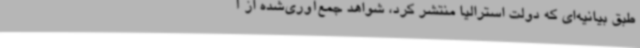
طبق بیانیه‌ای که دولت استرالیا منتشر کرد، شواهد جمع‌آوری‌شده از آ